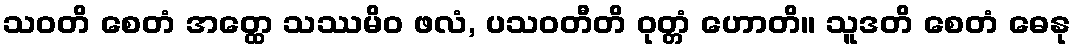
သဝတိ စေတံ အတ္ထေ သဿမိဝ ဖလံ, ပသဝတီတိ ဝုတ္တံ ဟောတိ။ သူဒတိ စေတံ ဓေနု